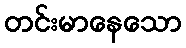
တင်းမာနေသော